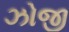
ઝોજી